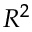
R ^ { 2 }